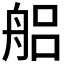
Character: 𮎎